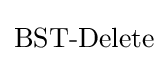
{\text{BST-Delete}}